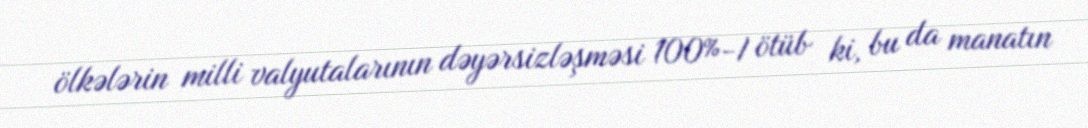
ölkələrin milli valyutalarının dəyərsizləşməsi 100%-I ötüb ki, bu da manatın